Newspaper: The Indianapolis journal. [volume]
Place of publication: Indianapolis [Ind.]
Publisher: Douglass & Conner
Date: 1890-08-10 00:00:00
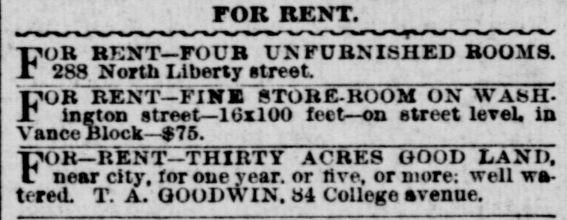
Advertisement text (OCR):
TOR RENT. FOR RENT FOUR UNFURNISHED BOOMS. 283 North Liberty street FOR RENT FINK STORE-ROOM ON WAbil inrton street ltizlOO feet on street leveL in Vance Block $75. FOR RENT-THIRTY ACRES GOOD LAND, near citv. for one year, or live, or more: well wa tered. T. A. OOomviN. til College avenue.
Label: text-only